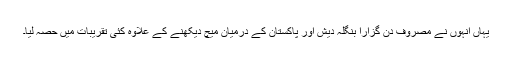
یہاں انہوں نے مصروف دن گزارا بنگلہ دیش اور پاکستان کے درمیان میچ دیکھنے کے علاوہ کئی تقریبات میں حصہ لیا۔